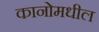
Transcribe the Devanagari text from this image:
कानोमधील